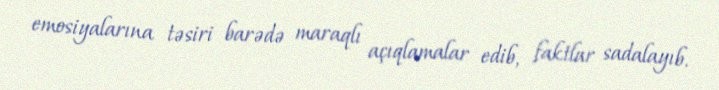
emosiyalarına təsiri barədə maraqlı açıqlamalar edib, faktlar sadalayıb.